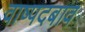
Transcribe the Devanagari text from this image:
वाष्पदबाव